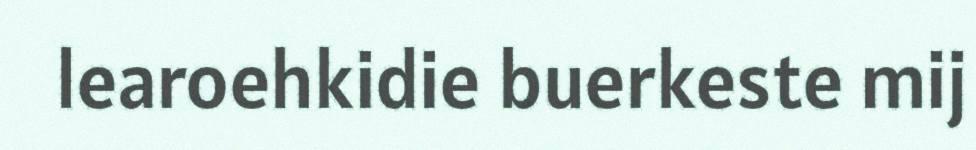
learoehkidie buerkeste mij